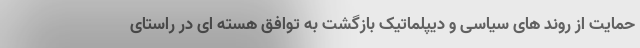
حمایت از روند های سیاسی و دیپلماتیک بازگشت به توافق هسته ای در راستای